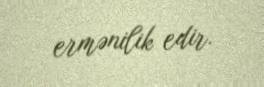
ermənilik edir.